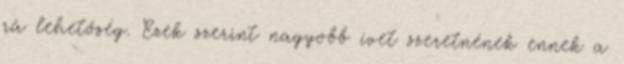
rá lehetőség. Ezek szerint nagyobb ívet szeretnének ennek a